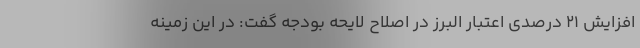
افزایش ۲۱ درصدی اعتبار البرز در اصلاح لایحه بودجه گفت: در این زمینه